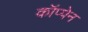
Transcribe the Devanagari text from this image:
कॉप्पेन